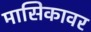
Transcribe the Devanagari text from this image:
मासिकावर